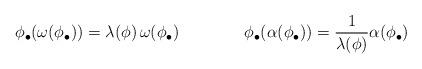
LaTeX: \begin{align*}\phi_\bullet(\omega(\phi_\bullet))=\lambda(\phi)\,\omega(\phi_\bullet)\qquad\qquad\phi_\bullet(\alpha(\phi_\bullet))=\frac{1}{\lambda(\phi)}\alpha(\phi_\bullet)\end{align*}